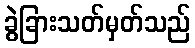
ခွဲခြားသတ်မှတ်သည်